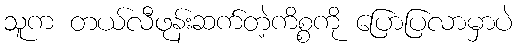
သူက တယ်လီဖုန်းဆက်တဲ့ကိစ္စကို ပြောပြလာမှာပဲ